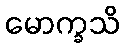
မောက္ခသိ